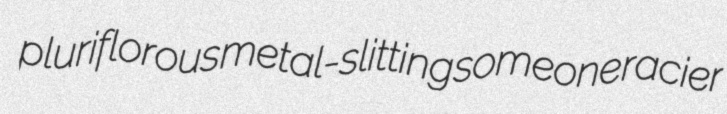
pluriflorous metal-slitting someone racier